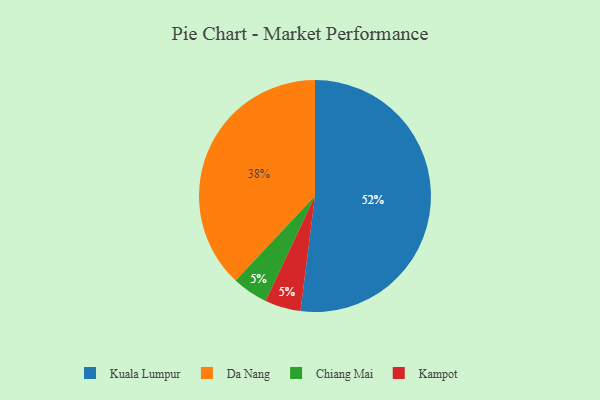
{"axis": {"x": "Category", "y": "Percentage"}, "legend": ["Chiang Mai", "Da Nang", "Kampot", "Kuala Lumpur"], "data": [{"x": "Chiang Mai", "y": 5, "type": "Chiang Mai"}, {"x": "Da Nang", "y": 38, "type": "Da Nang"}, {"x": "Kuala Lumpur", "y": 52, "type": "Kuala Lumpur"}, {"x": "Kampot", "y": 5, "type": "Kampot"}]}